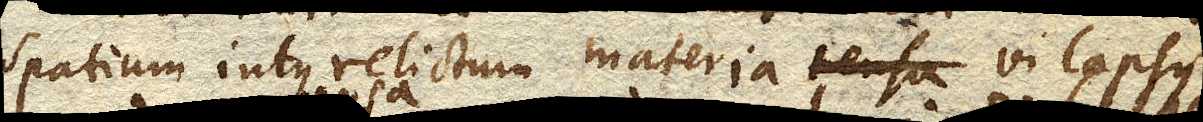
spatium intus relictum materia vi lapsus